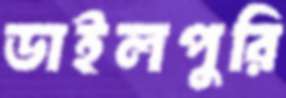
ডাইলপুরি